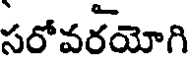
సరోవరయోగి